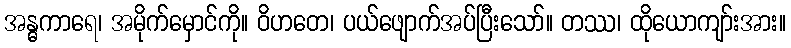
အန္ဓကာရေ၊ အမိုက်မှောင်ကို။ ဝိဟတေ၊ ပယ်ဖျောက်အပ်ပြီးသော်။ တဿ၊ ထိုယောကျာ်းအား။